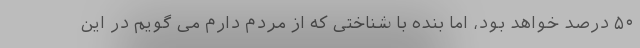
۵۰ درصد خواهد بود، اما بنده با شناختی که از مردم دارم می گویم در این